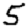
Digit: 5